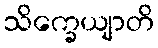
သိက္ခေယျာတိ